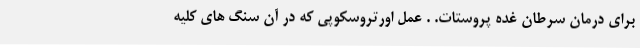
برای درمان سرطان غده پروستات. . عمل اورتروسکوپی که در آن سنگ های کلیه